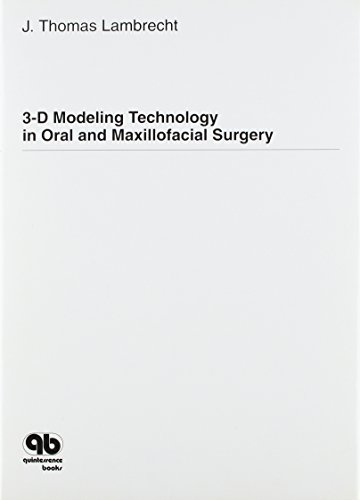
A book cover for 3-D Modeling Technology in Oral and Maxillofacial Surgery; J. Thomas Lambrecht; Medical Books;